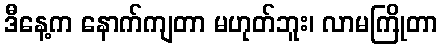
ဒီနေ့က နောက်ကျတာ မဟုတ်ဘူး၊ လာမကြိုတာ